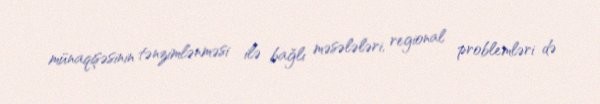
münaqişəsinin tənzimlənməsi ilə bağlı məsələləri, regional problemləri də